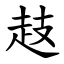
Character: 䞚